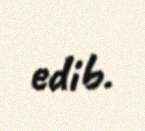
edib.